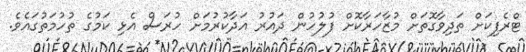
ޓްރެފިކަށް ތަދިވާގޮތަށް މުޒާހަރާކޮށް ފުލުހުން ދައުރު އަދާކުރުމަށް ހުރަސް އެޅި ކަމުގެ ތުހުމަތުގައެވެ.